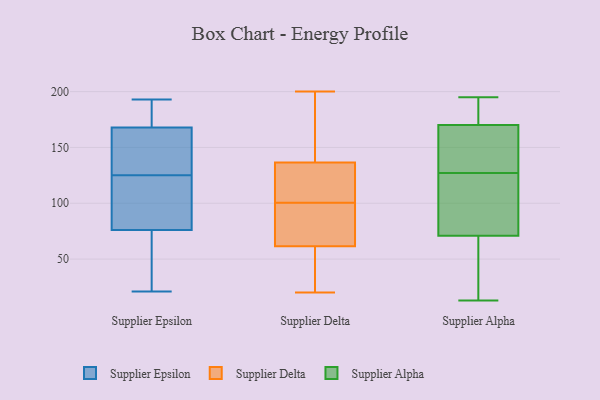
{"axis": {"x": "Customer Acquisition Cost (USD)", "y": "Value"}, "legend": ["Supplier Alpha", "Supplier Delta", "Supplier Epsilon"], "data": [{"x": "", "y": 79, "type": "Supplier Epsilon"}, {"x": "", "y": 158, "type": "Supplier Epsilon"}, {"x": "", "y": 108, "type": "Supplier Epsilon"}, {"x": "", "y": 125, "type": "Supplier Epsilon"}, {"x": "", "y": 150, "type": "Supplier Epsilon"}, {"x": "", "y": 55, "type": "Supplier Epsilon"}, {"x": "", "y": 120, "type": "Supplier Epsilon"}, {"x": "", "y": 180, "type": "Supplier Epsilon"}, {"x": "", "y": 193, "type": "Supplier Epsilon"}, {"x": "", "y": 75, "type": "Supplier Epsilon"}, {"x": "", "y": 134, "type": "Supplier Epsilon"}, {"x": "", "y": 73, "type": "Supplier Epsilon"}, {"x": "", "y": 175, "type": "Supplier Epsilon"}, {"x": "", "y": 21, "type": "Supplier Epsilon"}, {"x": "", "y": 43, "type": "Supplier Epsilon"}, {"x": "", "y": 171, "type": "Supplier Epsilon"}, {"x": "", "y": 142, "type": "Supplier Epsilon"}, {"x": "", "y": 171, "type": "Supplier Epsilon"}, {"x": "", "y": 96, "type": "Supplier Epsilon"}, {"x": "", "y": 94, "type": "Supplier Delta"}, {"x": "", "y": 85, "type": "Supplier Delta"}, {"x": "", "y": 193, "type": "Supplier Delta"}, {"x": "", "y": 98, "type": "Supplier Delta"}, {"x": "", "y": 93, "type": "Supplier Delta"}, {"x": "", "y": 171, "type": "Supplier Delta"}, {"x": "", "y": 196, "type": "Supplier Delta"}, {"x": "", "y": 20, "type": "Supplier Delta"}, {"x": "", "y": 125, "type": "Supplier Delta"}, {"x": "", "y": 103, "type": "Supplier Delta"}, {"x": "", "y": 36, "type": "Supplier Delta"}, {"x": "", "y": 31, "type": "Supplier Delta"}, {"x": "", "y": 111, "type": "Supplier Delta"}, {"x": "", "y": 38, "type": "Supplier Delta"}, {"x": "", "y": 122, "type": "Supplier Delta"}, {"x": "", "y": 148, "type": "Supplier Delta"}, {"x": "", "y": 24, "type": "Supplier Delta"}, {"x": "", "y": 200, "type": "Supplier Delta"}, {"x": "", "y": 116, "type": "Supplier Delta"}, {"x": "", "y": 86, "type": "Supplier Delta"}, {"x": "", "y": 65, "type": "Supplier Alpha"}, {"x": "", "y": 124, "type": "Supplier Alpha"}, {"x": "", "y": 195, "type": "Supplier Alpha"}, {"x": "", "y": 135, "type": "Supplier Alpha"}, {"x": "", "y": 43, "type": "Supplier Alpha"}, {"x": "", "y": 130, "type": "Supplier Alpha"}, {"x": "", "y": 69, "type": "Supplier Alpha"}, {"x": "", "y": 179, "type": "Supplier Alpha"}, {"x": "", "y": 190, "type": "Supplier Alpha"}, {"x": "", "y": 73, "type": "Supplier Alpha"}, {"x": "", "y": 105, "type": "Supplier Alpha"}, {"x": "", "y": 189, "type": "Supplier Alpha"}, {"x": "", "y": 161, "type": "Supplier Alpha"}, {"x": "", "y": 13, "type": "Supplier Alpha"}, {"x": "", "y": 110, "type": "Supplier Alpha"}, {"x": "", "y": 159, "type": "Supplier Alpha"}]}